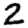
Digit: 2